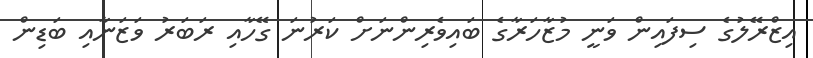
އިޒްރޭލުގެ ސިފައިން ވަނީ މުޒާހަރާގެ ބައިވެރިންނަށް ކަރުނަ ގޭހާއި ރަބަރު ވަޒަނާއި ބަޑިން